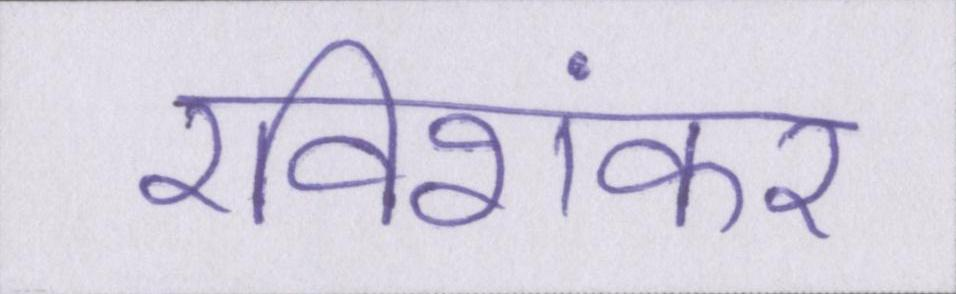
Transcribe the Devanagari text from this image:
रविशंकर